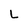
Character: L